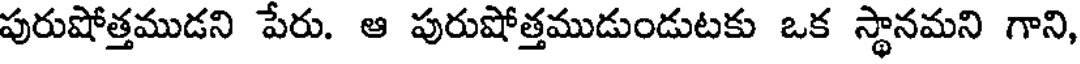
పురుషోత్తముడని పేరు. ఆ పురుషోత్తముడుండుటకు ఒక స్థానమని గాని,